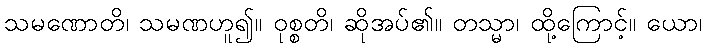
သမဏောတိ၊ သမဏဟူ၍။ ဝုစ္စတိ၊ ဆိုအပ်၏။ တသ္မာ၊ ထို့ကြောင့်။ ယော၊